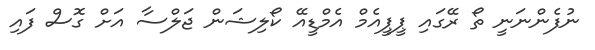
ނުފެންނަނީ ތޯ ރޭގައި ޕީޕީއެމް އެމްޑީއޭ ކޯލިޝަން ޖަލްސާ އަށް ގޮސް ފައި